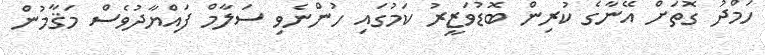
ހަމްދު ގޮތަށް އޭނާގެ ކުރިން ބޮޑުވަޒީރު ކަމުގައި ހުންނެވި ސަލާމް ފައްޔާދުވެސް މަޤާމުން